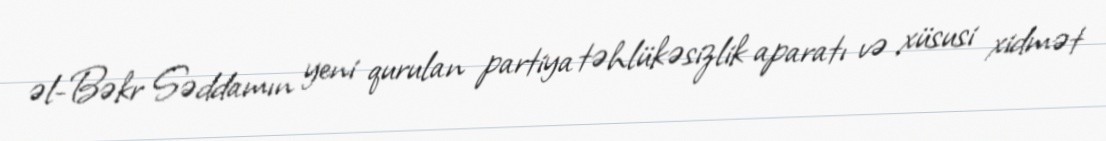
əl-Bəkr Səddamın yeni qurulan partiya təhlükəsizlik aparatı və xüsusi xidmət